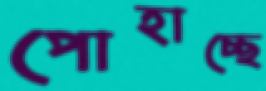
পোহাচ্ছে